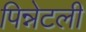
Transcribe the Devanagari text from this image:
पिन्नेटली